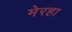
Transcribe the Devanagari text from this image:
मेरहा